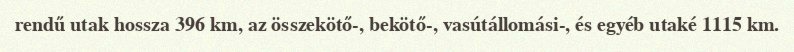
rendű utak hossza 396 km, az összekötő-, bekötő-, vasútállomási-, és egyéb utaké 1115 km.